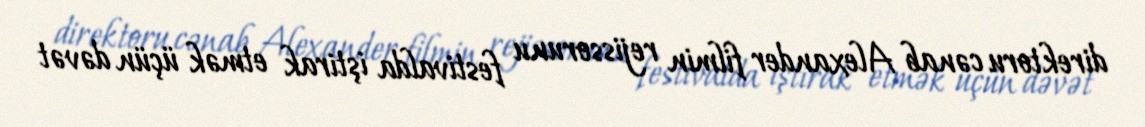
direktoru cənab Alexander filmin rejissorunu festivalda iştirak etmək üçün dəvət